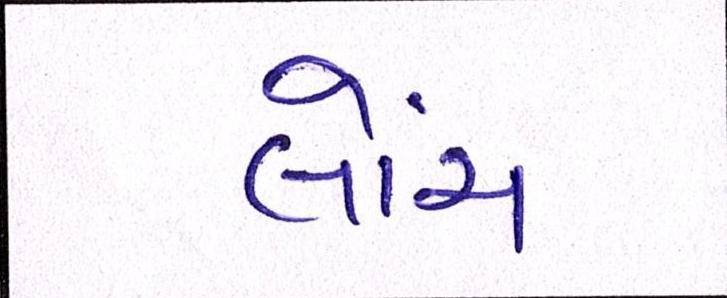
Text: લોંચ